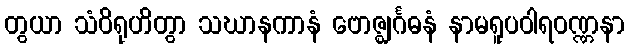
တွယာ သံဝိရုဟိတွာ သဃာနကာနံ ဗောဇ္ဈင်္ဂဓနံ နာမရူပဝါရဝဏ္ဏနာ